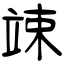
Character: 竦